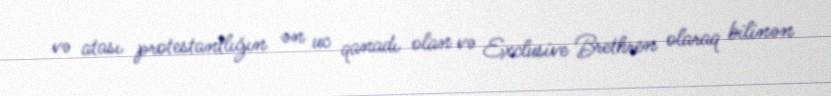
və atası protestantlığın ən uc qanadı olan və Exclusive Brethren olaraq bilinən